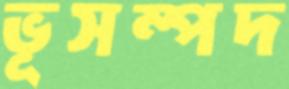
ভূসম্পদ